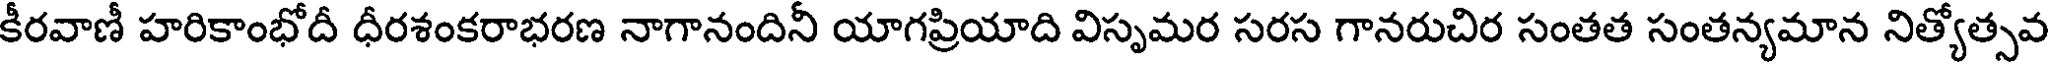
కీరవాణీ హరికాంభోదీ ధీరశంకరాభరణ నాగానందినీ యాగప్రియాది విసృమర సరస గానరుచిర సంతత సంతన్యమాన నిత్యోత్సవ